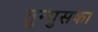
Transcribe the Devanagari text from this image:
तुन्गुसका